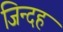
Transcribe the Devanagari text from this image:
जिन्दह